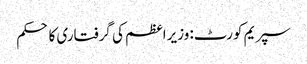
سپریم کورٹ: وزیراعظم کی گرفتاری کا حکم